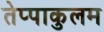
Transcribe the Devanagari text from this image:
तेप्पाकुलम